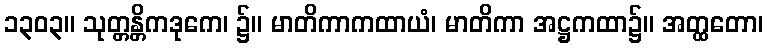
၁၃၀၃။ သုတ္တန္တိကဒုကေ၊ ၌။ မာတိကာကထာယံ၊ မာတိကာ အဋ္ဌကထာ၌။ အတ္ထတော၊